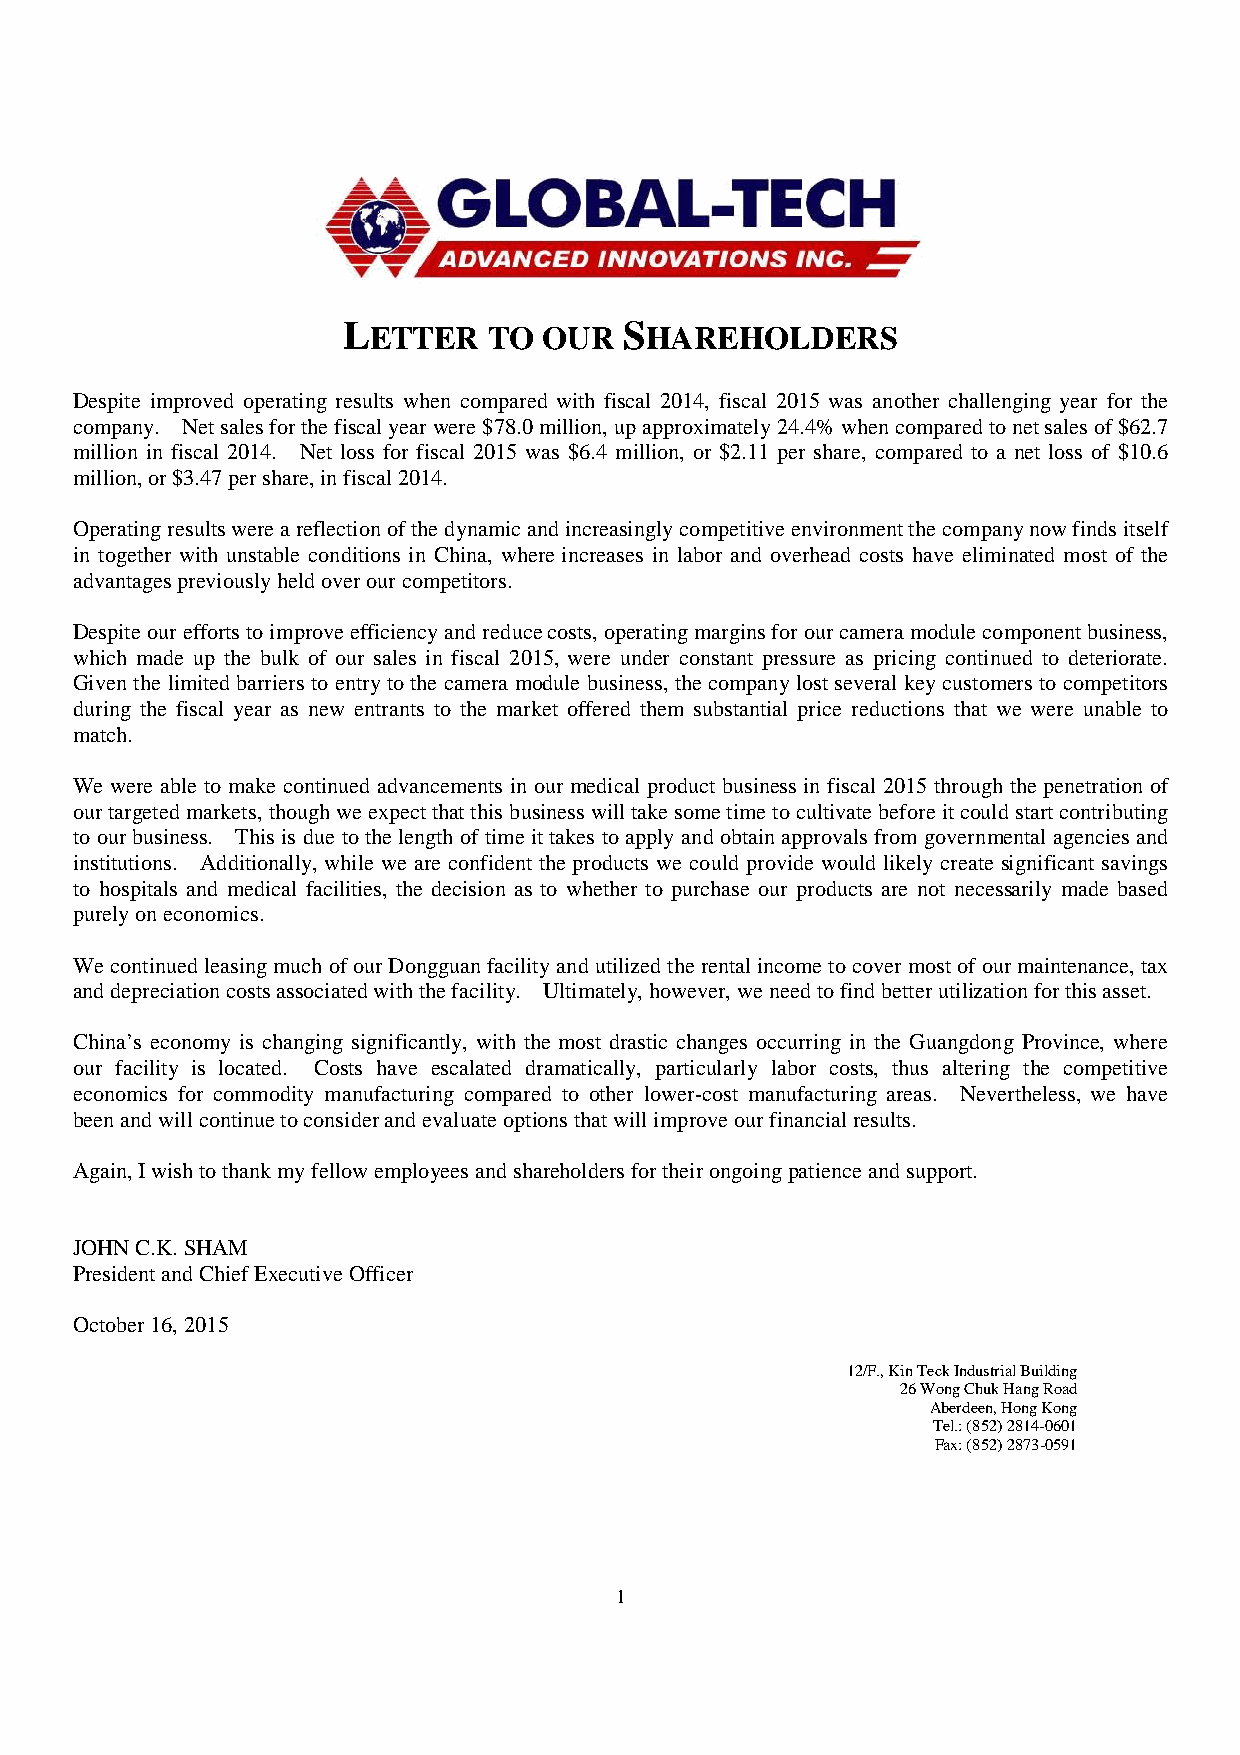
L                 S
 ETTER   TO  OUR    HAREHOLDERS
 Despite improved operating results when compared with fiscal 2014, fiscal 2015 was another challenging year for the
 company. Net sales for the fiscal year were $78.0 million, up approximately 24.4% when compared to net sales of $62.7
 million in fiscal 2014. Net loss for fiscal 2015 was $6.4 million, or $2.11 per share, compared to a net loss of $10.6
 million, or $3.47 per share, in fiscal 2014.
 Operating results were a reflection of the dynamic and increasingly competitive environment the company now finds itself
 in together with unstable conditions in China, where increases in labor and overhead costs have eliminated most of the
 advantages previously held over our competitors.
 Despite our efforts to improve efficiency and reduce costs, operating margins for our camera module component business,
 which made up the bulk of our sales in fiscal 2015, were under constant pressure as pricing continued to deteriorate.
 Given the limited barriers to entry to the camera module business, the company lost several key customers to competitors
 during the fiscal year as new entrants to the market offered them substantial price reductions that we were unable to
 match.
 We were able to make continued advancements in our medical product business in fiscal 2015 through the penetration of
 our targeted markets, though we expect that this business will take some time to cultivate before it could start contributing
 to our business. This is due to the length of time it takes to apply and obtain approvals from governmental agencies and
 institutions. Additionally, while we are confident the products we could provide would likely create significant savings
 to hospitals and medical facilities, the decision as to whether to purchase our products are not necessarily made based
 purely on economics.
 We continued leasing much of our Dongguan facility and utilized the rental income to cover most of our maintenance, tax
 and depreciation costs associated with the facility. Ultimately, however, we need to find better utilization for this asset.
 China’s economy is changing significantly, with the most drastic changes occurring in the Guangdong Province, where
 our facility is located. Costs have escalated dramatically, particularly labor costs, thus altering the competitive
 economics for commodity manufacturing compared to other lower-cost manufacturing areas. Nevertheless, we have
 been and will continue to consider and evaluate options that will improve our financial results.
 Again, I wish to thank my fellow employees and shareholders for their ongoing patience and support.
 JOHN C.K. SHAM
 President and Chief Executive Officer
 October 16, 2015
 12/F., Kin Teck Industrial Building
 26 Wong Chuk Hang Road
 Aberdeen, Hong Kong
 Tel.: (852) 2814-0601
 Fax: (852) 2873-0591
 1